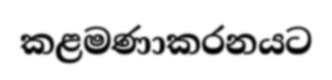
කළමණාකරනයට